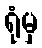
ရုံမှ